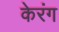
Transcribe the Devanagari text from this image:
केरंग